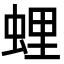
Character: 𧋎